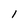
Character: l